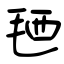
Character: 毢